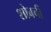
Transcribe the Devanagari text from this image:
शोबची